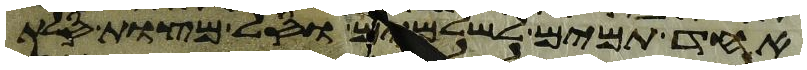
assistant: אחד תמים לשלמים וסל מצות סלת